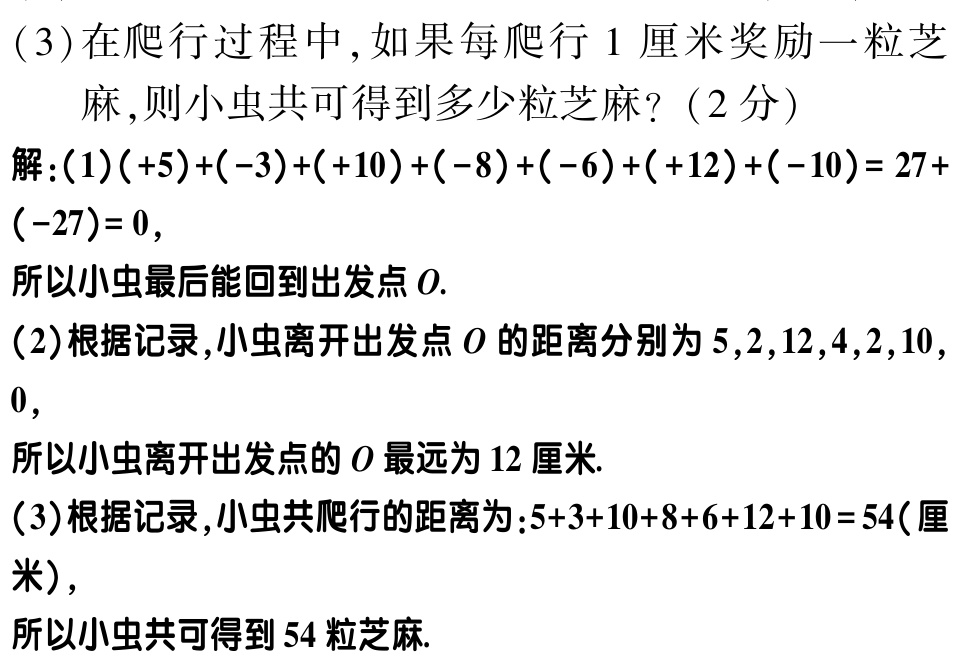
(3)在爬行过程中，如果每爬行1厘米奖励一粒芝麻，则小虫共可得到多少粒芝麻？（2分）

解：(1)$(+5)+(-3)+(+10)+(-8)+(-6)+(+12)+(-10)=27+(-27)=0$，

所以小虫最后能回到出发点\(O\).

(2)根据记录，小虫离开出发点\(O\)的距离分别为\(5,2,12,4,2,10,0\)，

所以小虫离开出发点的\(O\)最远为12厘米.

(3)根据记录，小虫共爬行的距离为：\(5 + 3+10+8+6+12+10 = 54\)(厘米)，

所以小虫共可得到54粒芝麻.